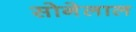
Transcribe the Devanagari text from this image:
सोनेलाल